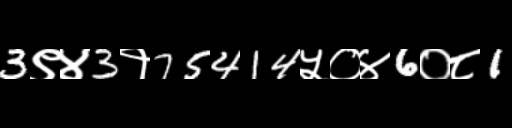
Text: 3९४3१75414५०४6०८1